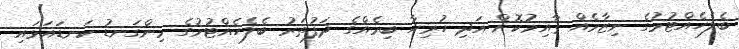
ބެލެހެއްޓުމުގެ ނިޒާމެއް ޤާއިމުކޮށް އަދި ހުރިހާ ބިމެއްގެ ދަފުތަރު ބެލެހެއްޓުމުގެ މިންގަނޑު ކަނޑައަޅައި